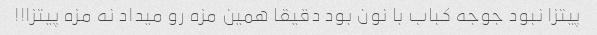
پیتزا نبود جوجه کباب با نون بود دقیقا همین مزه رو میداد نه مزه پیتزا!!